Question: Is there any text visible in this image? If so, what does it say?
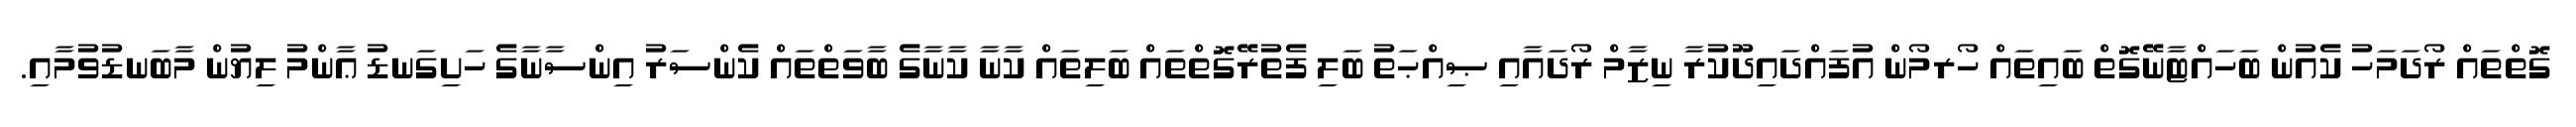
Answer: ގޮތްތައް ރޯދަމަހު ކެއުން ބަހައްޓާނޭގޮތް ބައިތައް ހޯރމޯން އުފައްދައިދޫކުރާ ނިޒާމް ރޯދައާއި ޞިއްޙަތު ބަލި ފެތުރޭގޮތްތައް ބަލިތައް ކާނާ ކާނާގެ ބާވަތްތައް ކެންސަރު އިންސާނާގެ ހަށިގަނޑު ޢާންމު ލިޔުން މާބަނޑުވުމާއި.